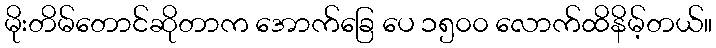
မိုးတိမ်တောင်ဆိုတာက အောက်ခြေ ပေ ၁၅၀၀ လောက်ထိနိမ့်တယ်။